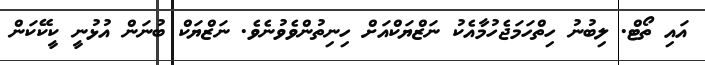
އައި ތޯޓް. ލިބުނު ހިތްހަމަޖެހުމާއެކު ނަޒްޔަކްއަށް ހިނިތުންވެވުނެވެ. ނަޒްޔަކް ބުނަން އުޅުނީ ކީކޭކަން